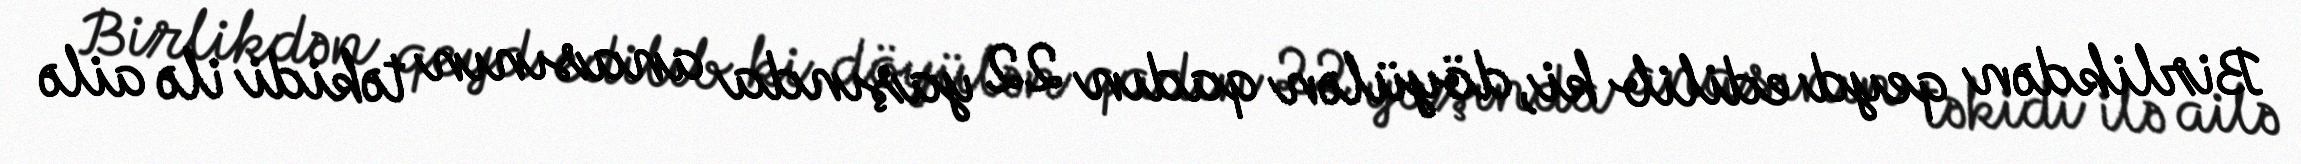
Birlikdən qeyd edilib ki, döyülən qadın 22 yaşında anasının təkidi ilə ailə